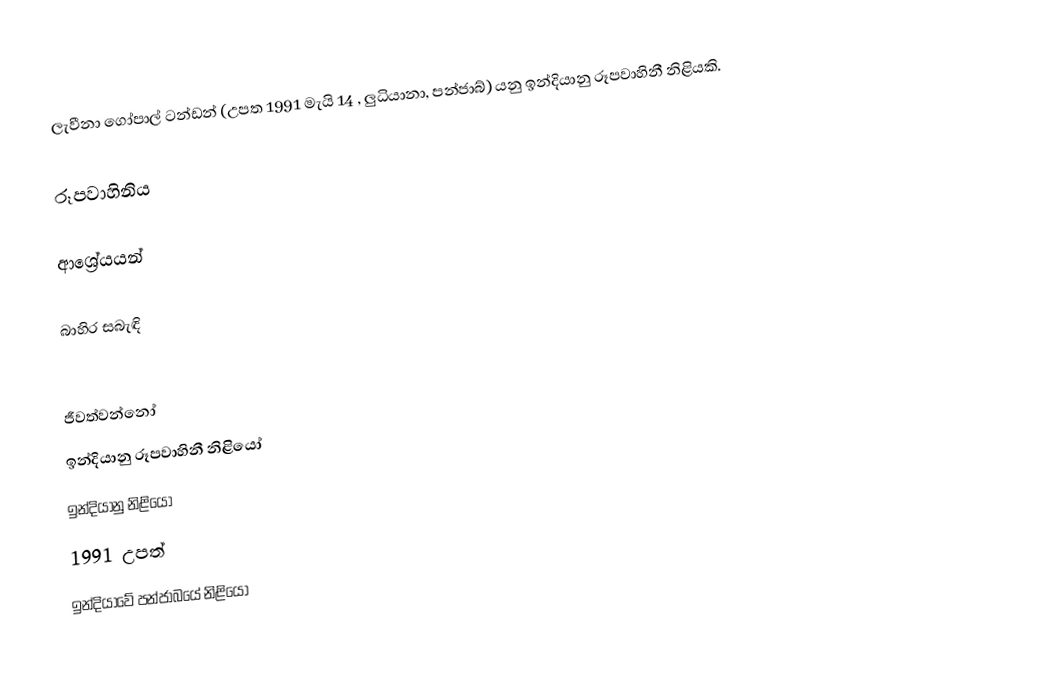
ලැවීනා ගෝපාල් ටන්ඩන්  (උපත 1991 මැයි 14 , ලුධියානා, පන්ජාබ්) යනු ඉන්දියානු රූපවාහිනී නිළියකි.

රූපවාහිනිය

ආශ්‍රේයයන්

බාහිර සබැඳි

ජීවත්වන්නෝ
ඉන්දියානු රූපවාහිනී නිළියෝ
ඉන්දියානු නිළියෝ
1991 උපත්
ඉන්දියාවේ පන්ජාබයේ නිළියෝ